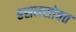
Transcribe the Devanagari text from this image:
हसनसोबत